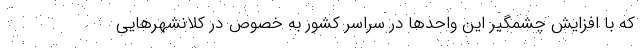
که با افزایش چشمگیر این واحد‌ها در سراسر کشور به خصوص در کلانشهر‌هایی